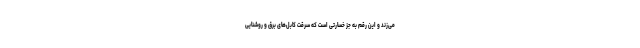
می‌زند و این رقم به‌ جز خسارتی است که سرقت کابل‌های برق و روشنایی